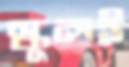
স্কুলই